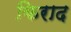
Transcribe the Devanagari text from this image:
किराद